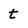
Character: t